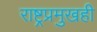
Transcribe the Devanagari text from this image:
राष्ट्रप्रमुखही